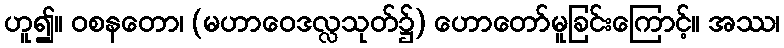
ဟူ၍။ ဝစနတော၊ (မဟာဝေဒလ္လသုတ်၌) ဟောတော်မူခြင်းကြောင့်။ အဿ၊